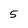
Character: 5